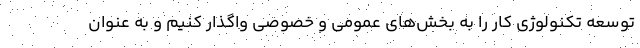
توسعه تکنولوژی کار را به بخش‌های عمومی و خصوصی واگذار کنیم و به عنوان